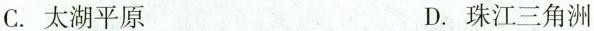
C.太湖平原 D.珠江三角洲